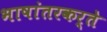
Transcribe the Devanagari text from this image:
भाषांतरकर्ते